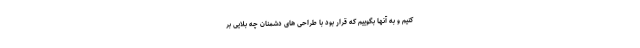
کنیم و به آنها بگوییم که قرار بود با طراحی های دشمنان چه بلایی بر